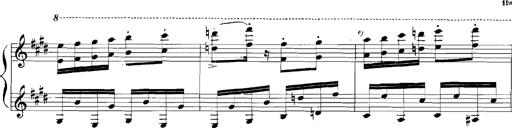
Title: Rhapsodies hongroises
Composer: Franz Liszt